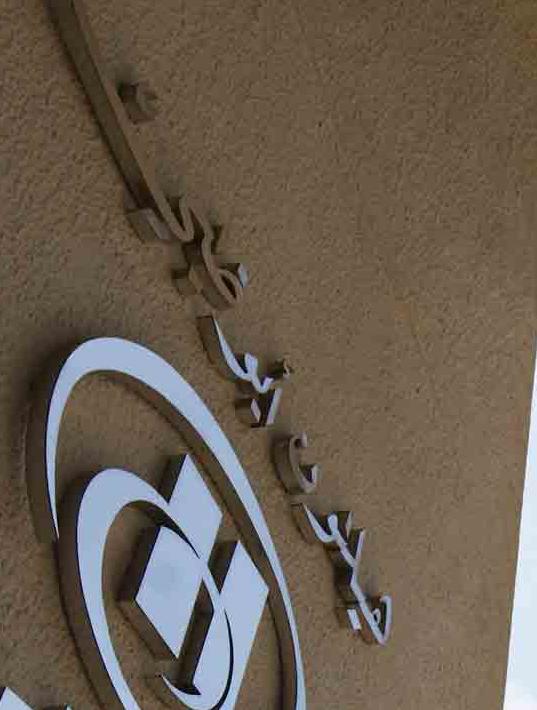
هيلتون ابوظبي